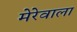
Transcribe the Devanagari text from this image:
मेरेवाला